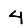
Digit: 4